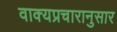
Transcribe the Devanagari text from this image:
वाक्यप्रचारानुसार